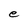
Character: e